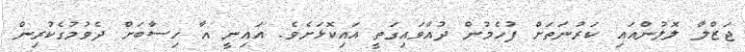
ޖަޒްލާ ލޮލުންއައި ކަރުނަތަށް ފުހެމުން ދުއްވައިގަތީ އައިކޮޅަށެވެ. އައިނީ އާ ހިސާބަށް ދެވުމުގެކުރިން